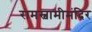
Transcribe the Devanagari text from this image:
रामस्वामीमंदिर